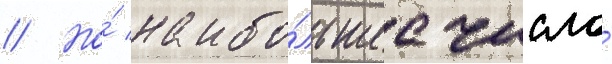
// Но́ наибо́льшее число́